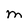
Character: M